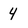
Character: 4